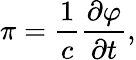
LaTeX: \pi=\frac{1}{c}\frac{\partial\varphi}{\partial t},